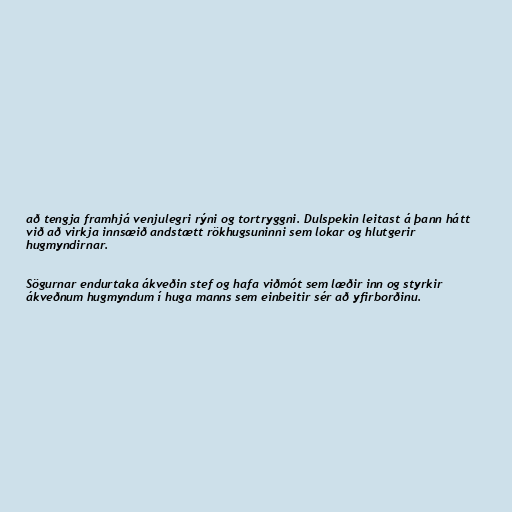
að tengja framhjá venjulegri rýni og tortryggni. Dulspekin leitast á þann hátt
við að virkja innsæið andstætt rökhugsuninni sem lokar og hlutgerir
hugmyndirnar.

Sögurnar endurtaka ákveðin stef og hafa viðmót sem læðir inn og styrkir
ákveðnum hugmyndum í huga manns sem einbeitir sér að yfirborðinu.